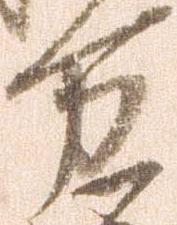
万